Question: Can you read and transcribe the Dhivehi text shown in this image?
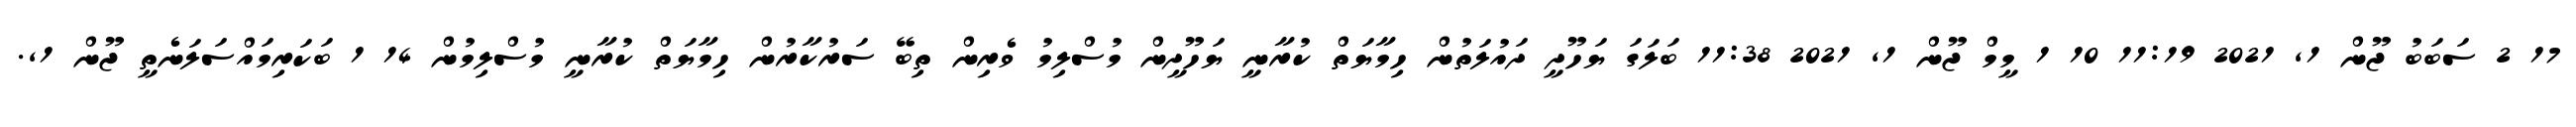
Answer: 17 2 ސަބަބު ޖޫން 1, 2021 11:19 10 1 މީމް ޖޫން 1, 2021 11:38 ބަލަގަ ޔަހޫދީ ދައުލަތުން ހިމާޔަތް ކުރާނީ ޔަހޫދީން މުސްލިމު ވެރިން ތިބޭ ސަރުކާރުން ހިމާޔަތް ކުރާނީ މުސްލިމުން 14 1 ބަކަރިމައްސަލަނެތީ ޖޫން 1,.